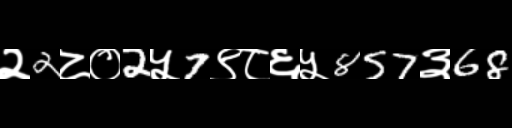
Text: २2८०2५7९८६५857३68